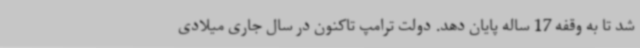
شد تا به وقفه 17 ساله پایان دهد. دولت ترامپ تاکنون در سال جاری میلادی